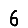
Digit: 6